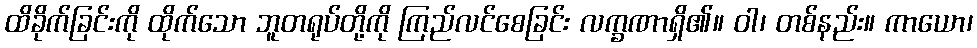
ထိခိုက်ခြင်းကို ထိုက်သော ဘူတရုပ်တို့ကို ကြည်လင်စေခြင်း လက္ခဏာရှိ၏။ ဝါ၊ တစ်နည်း။ ကာယော၊